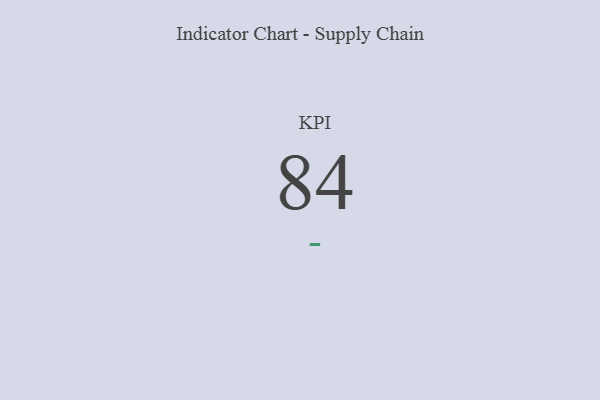
{"axis": {"x": "KPI", "y": "Value"}, "legend": [""], "data": [{"x": "KPI", "y": 84, "type": ""}]}